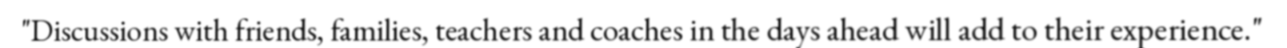
"Discussions with friends, families, teachers and coaches in the days ahead will add to their experience."